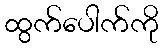
ထွက်ပေါက်ကို